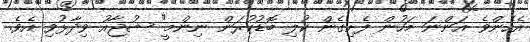
އެހެންވެ އަންނަ މަހުން ފެށިގެން ކުލި ބޮޑުކުރަން ނިންމީ" ޝުޖާއު ވިދާޅުވި އެވެ.